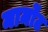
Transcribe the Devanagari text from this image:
मार्मोंट